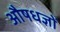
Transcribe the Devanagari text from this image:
औषधज्ञों